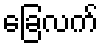
ခြေလက်